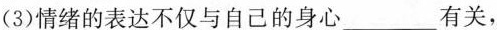
(3)情绪的表达不仅与自己的身心___有关，